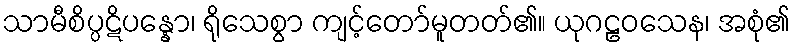
သာမီစိပ္ပဋိပန္နော၊ ရိုသေစွာ ကျင့်တော်မူတတ်၏။ ယုဂဠဝသေန၊ အစုံ၏